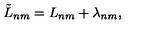
\tilde { L } _ { n m } = L _ { n m } + \lambda _ { n m } ,